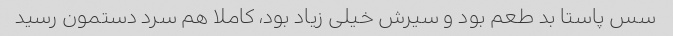
سس پاستا بد طعم بود و سیرش خیلی زیاد بود، کاملا هم سرد دستمون رسید